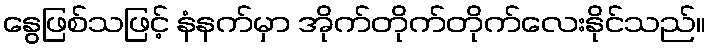
နွေဖြစ်သဖြင့် နံနက်မှာ အိုက်တိုက်တိုက်လေးနိုင်သည်။